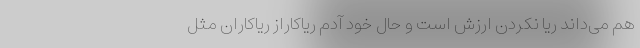
هم می‌داند ریا نکردن ارزش است و حال خود آدم ریاکاراز ریاکاران مثل